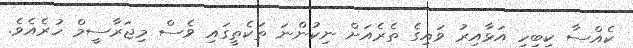
ކެއްސާ ކިބިހި އަޅާއިރު ވައިގެ ތެރެއަށް ނިކުންނަ ތަކެތީގައި ވެސް މިޖަރާސީމް ހުރެއެވެ.